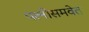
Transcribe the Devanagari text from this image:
पत्‍नीसमवेत